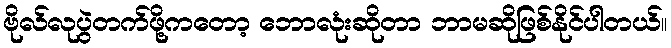
ဗိုလ်လုပွဲတက်ဖို့ကတော့ ဘောလုံးဆိုတာ ဘာမဆိုဖြစ်နိုင်ပါတယ်။